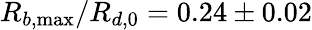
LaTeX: R_{b,\operatorname*{max}}/R_{d,0}=0.24\pm 0.02